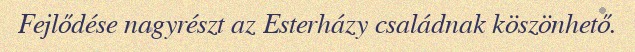
Fejlődése nagyrészt az Esterházy családnak köszönhető.